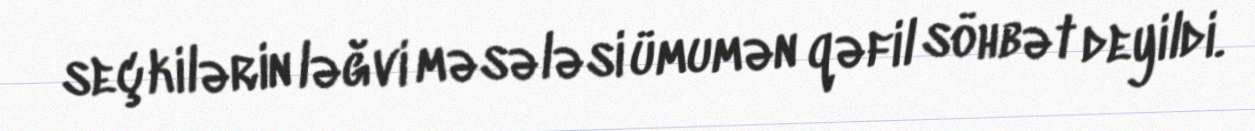
seçkilərin ləğvi məsələsi ümumən qəfil söhbət deyildi.